Indian journal of veterinary science and animal husbandry - Volume 2,
Year: 1932
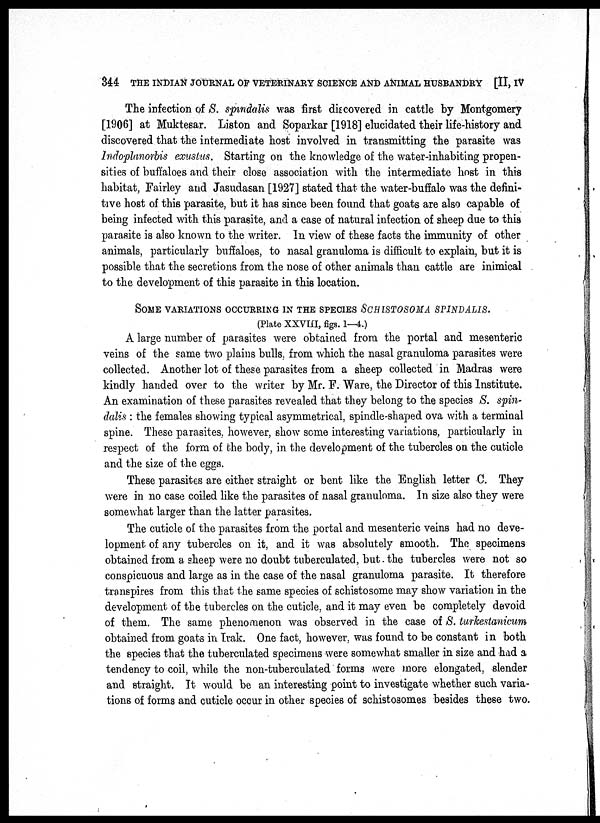
344 THE INDIAN JOURNAL OF VETERINARY SCIENCE AND ANIMAL HUSBANDRY [II, IV
The infection of S. spindalis was first discovered in cattle by Montgomery
[1906] at Muktesar. Liston and Soparkar [1918] elucidated their life-history and
discovered that the intermediate host involved in transmitting the parasite was
Indoplanorbis exustus. Starting on the knowledge of the water-inhabiting propen-
sities of buffaloes and their close association with the intermediate host in this
habitat, Fairley and Jasudasan [1927] stated that the water-buffalo was the defini-
tive host of this parasite, but it has since been found that goats are also capable of
being infected with this parasite, and a case of natural infection of sheep due to this
parasite is also known to the writer. In view of these facts the immunity of other
animals, particularly buffaloes, to nasal granuloma is difficult to explain, but it is
possible that the secretions from the nose of other animals than cattle are inimical
to the development of this parasite in this location.
SOME VARIATIONS OCCURRING IN THE SPECIES SCHISTOSOMA SPIND
(Plate XXVIII, figs. 1—4.)
A large number of parasites were obtained from the portal and mesenteric
veins of the same two plains bulls, from which the nasal granuloma parasites were
collected. Another lot of these parasites from a sheep collected in Madras were
kindly handed over to the writer by Mr. F. Ware, the Director of this Institute.
An examination of these parasites revealed that they belong to the species S. spin¬
dalis : the females showing typical asymmetrical, spindle-shaped ova with a terminal
spine. These parasites, however, show some interesting variations, particularly in
respect of the form of the body, in the development of the tubercles on the cuticle
and the size of the eggs.
These parasites are either straight or bent like the English letter C. They
were in no case coiled like the parasites of nasal granuloma. In size also they were
somewhat larger than the latter parasites.
The cuticle of the parasites from the portal and mesenteric veins had no deve-
lopment of any tubercles on it, and it was absolutely smooth. The specimens
obtained from a sheep were no doubt tuberculated, but. the tubercles were not so
conspicuous and large as in the case of the nasal granuloma parasite. It therefore
transpires from this that the same species of schistosome may show variation in the
development of the tubercles on the cuticle, and it may even be completely devoid
of them. The same phenomenon was observed in the case of S. turkestanicum
obtained from goats in Irak. One fact, however, was found to be constant in both
the species that the tuberculated specimens were somewhat smaller in size and had a
tendency to coil, while the non-tuberculated forms were more elongated, slender
and straight. It would be an interesting point to investigate whether such varia-
tions of forms and cuticle occur in other species of schistosomes besides these two.